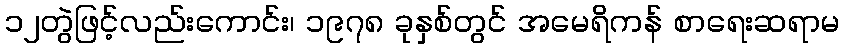
၁၂တွဲဖြင့်လည်းကောင်း၊ ၁၉၇၈ ခုနှစ်တွင် အမေရိကန် စာရေးဆရာမ